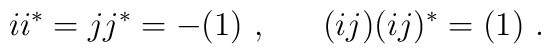
ii^* = jj^* = -(1) ~, ~~~~~(ij)(ij)^* = (1) ~.